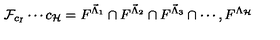
\mathcal { F } _ { c _ { I } } \cdots c _ { \mathcal { H } } = F ^ { \vec { \Lambda } _ { 1 } } \cap F ^ { \vec { \Lambda } _ { 2 } } \cap F ^ { \vec { \Lambda } _ { 3 } } \cap \cdots , F ^ { \Lambda _ { \mathcal { H } } }